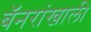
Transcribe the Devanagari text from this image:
बॅनरांखाली